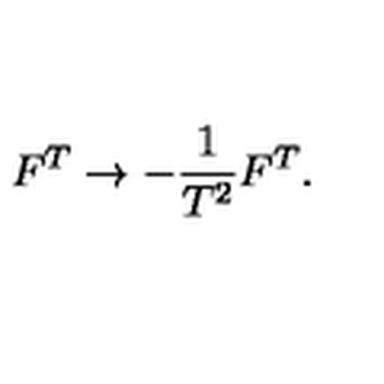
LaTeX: F ^ { T } \rightarrow - { \frac { 1 } { T ^ { 2 } } } F ^ { T } .